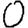
Digit: 0